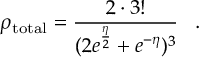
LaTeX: \rho _ { \mathrm { t o t a l } } = \frac { 2 \cdot 3 ! } { ( 2 e ^ { \frac { \eta } { 2 } } + e ^ { - \eta } ) ^ { 3 } } \, \, \, \, \, . \, \, \, \, \,